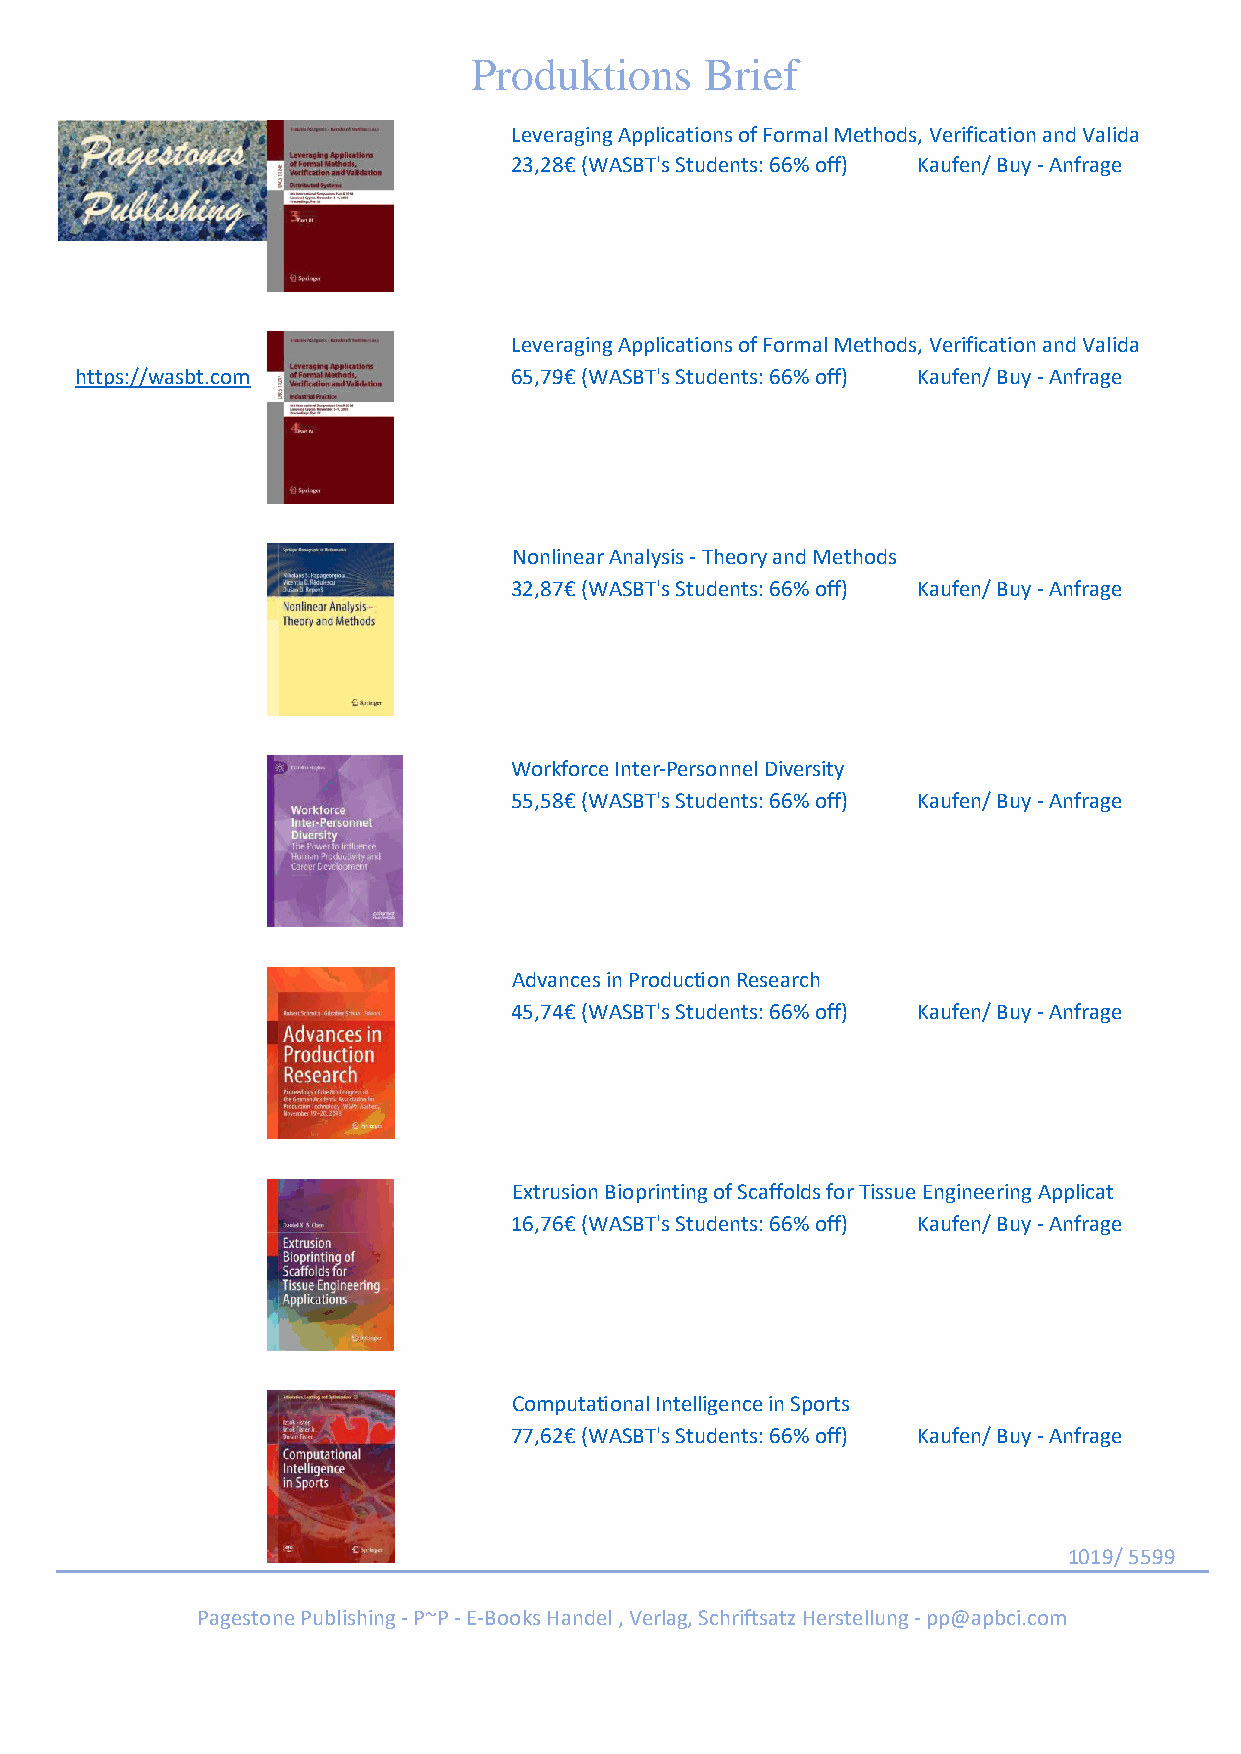
Produktions     Brief
 Leveraging Applications of Formal Methods, Verification and Valida
 23,28€ (WASBT's Students: 66% off) Kaufen/ Buy - Anfrage
 Leveraging Applications of Formal Methods, Verification and Valida
 https://wasbt.com            65,79€ (WASBT's Students: 66% off) Kaufen/ Buy - Anfrage
 Nonlinear Analysis - Theory and Methods
 32,87€ (WASBT's Students: 66% off) Kaufen/ Buy - Anfrage
 Workforce Inter-Personnel Diversity
 55,58€ (WASBT's Students: 66% off) Kaufen/ Buy - Anfrage
 Advances in Production Research
 45,74€ (WASBT's Students: 66% off) Kaufen/ Buy - Anfrage
 Extrusion Bioprinting of Scaffolds for Tissue Engineering Applicat
 16,76€ (WASBT's Students: 66% off) Kaufen/ Buy - Anfrage
 Computational Intelligence in Sports
 77,62€ (WASBT's Students: 66% off) Kaufen/ Buy - Anfrage
 1019/ 5599
 Pagestone Publishing - P~P - E-Books Handel , Verlag, Schriftsatz Herstellung - pp@apbci.com